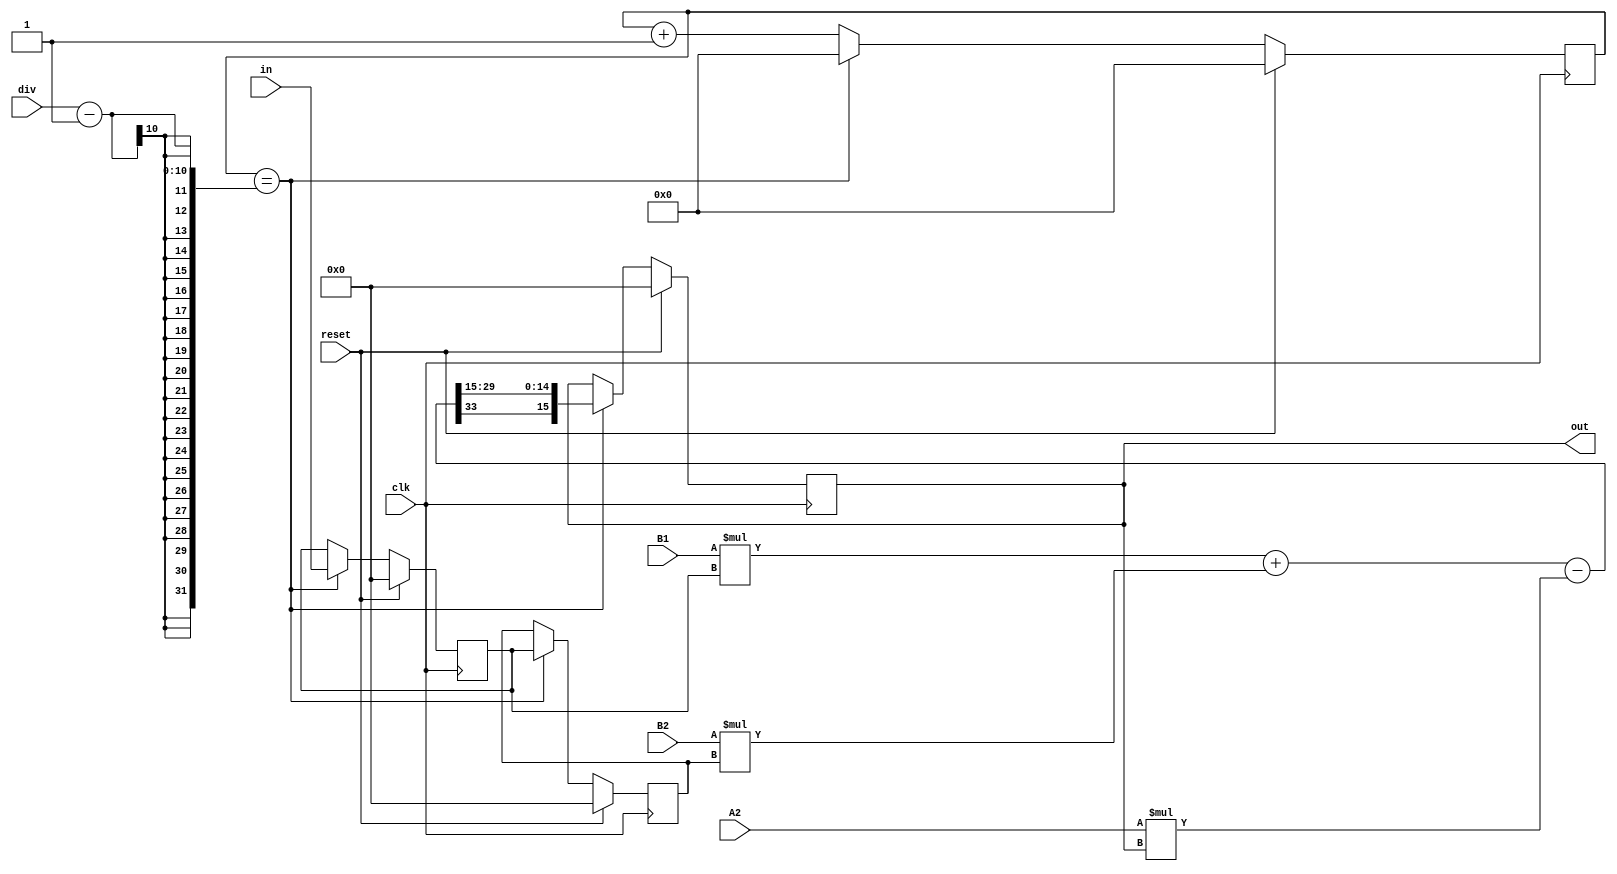
/*MIT License

Copyright (c) 2019 Gregory Hogan (Soltan_G42)

Permission is hereby granted, free of charge, to any person obtaining a copy
of this software and associated documentation files (the "Software"), to deal
in the Software without restriction, including without limitation the rights
to use, copy, modify, merge, publish, distribute, sublicense, and/or sell
copies of the Software, and to permit persons to whom the Software is
furnished to do so, subject to the following conditions:

The above copyright notice and this permission notice shall be included in all
copies or substantial portions of the Software.

THE SOFTWARE IS PROVIDED "AS IS", WITHOUT WARRANTY OF ANY KIND, EXPRESS OR
IMPLIED, INCLUDING BUT NOT LIMITED TO THE WARRANTIES OF MERCHANTABILITY,
FITNESS FOR A PARTICULAR PURPOSE AND NONINFRINGEMENT. IN NO EVENT SHALL THE
AUTHORS OR COPYRIGHT HOLDERS BE LIABLE FOR ANY CLAIM, DAMAGES OR OTHER
LIABILITY, WHETHER IN AN ACTION OF CONTRACT, TORT OR OTHERWISE, ARISING FROM,
OUT OF OR IN CONNECTION WITH THE SOFTWARE OR THE USE OR OTHER DEALINGS IN THE
SOFTWARE.*/

module iir_1st_order
#(
	parameter COEFF_WIDTH = 18,
	parameter COEFF_SCALE = 15,
	parameter DATA_WIDTH  = 16,
	parameter COUNT_BITS  = 10
)
(
	input clk,
	input reset,
	input [COUNT_BITS - 1 : 0] div,
	input signed [COEFF_WIDTH - 1 : 0] A2, B1, B2,
   input signed [DATA_WIDTH - 1 :0] in,
   output [DATA_WIDTH - 1:0] out
);

	reg signed [DATA_WIDTH-1:0] x0,x1,y0;
	reg signed [DATA_WIDTH + COEFF_WIDTH - 1 : 0] out32;
	reg [COUNT_BITS - 1:0] count;
 
 // Usage:
 // Design your 1st order iir low/high-pass with a tool that will give you the
 // filter coefficients for the difference equation.  Filter coefficients can
 // be generated in Octave/matlab/scipy using a command similar to
 // [B, A] = butter( 1, 3500/(106528/2), 'low') for a 3500 hz 1st order low-pass
 // assuming 106528Hz sample rate.
 // 
 // The Matlab output is:
 // B = [0.093863   0.093863]
 // A = [1.00000  -0.81227]
 //
 // Then scale coefficients by multiplying by 2^COEFF_SCALE and round to nearest integer
 //
 // B = [3076   3076]
 // A = [32768 -26616]
 //
 // Discard A(1) because it is assumed 1.0 before scaling
 //
 // This leaves you with A2 = -26616 , B1 = 3076 , B2 = 3076
 // B1 + B2 - A2  should sum to 2^COEFF_SCALE = 32768
 //
 // Sample frequency is "clk rate/div": for Genesis this is 53.69mhz/504 = 106528hz
 //
 // COEFF_WIDTH must be at least COEFF_SCALE+1 and must be large enough to
 // handle temporary overflow during this computation: out32 <= (B1*x0 + B2*x1) - A2*y0
 
	assign out = y0;
 
	always @ (*) begin
		out32 <= (B1*x0 + B2*x1) - A2*y0; //Previous output is y0 not y1
	end
	
	always @ (posedge clk) begin
		if(reset) begin
			count <= 0;
			x0 <= 0;
			x1 <= 0;
			y0 <= 0;
		end
		else begin
			count <= count + 1'd1;
			if (count == div - 1) begin
					count <= 0;
					y0 <= {out32[DATA_WIDTH + COEFF_WIDTH - 1] , out32[COEFF_SCALE + DATA_WIDTH - 2 : COEFF_SCALE]};
					x1 <= x0;
					x0 <= in;
			end
		end
	end
	
endmodule //iir_1st_order

module iir_2nd_order
#(
	parameter COEFF_WIDTH = 18,
	parameter COEFF_SCALE = 14,
	parameter DATA_WIDTH  = 16,
	parameter COUNT_BITS  = 10
)
(
	input clk,
	input reset,
	input [COUNT_BITS - 1 : 0] div,
	input signed [COEFF_WIDTH - 1 : 0] A2, A3, B1, B2, B3,
   input signed [DATA_WIDTH - 1 : 0] in,
   output [DATA_WIDTH - 1 : 0] out
);

	reg signed [DATA_WIDTH-1 : 0] x0,x1,x2;
	reg signed [DATA_WIDTH-1 : 0] y0,y1;
	reg signed [(DATA_WIDTH + COEFF_WIDTH - 1) : 0] out32;
	reg [COUNT_BITS : 0] count;
 
 
 // Usage:
 // Design your 1st order iir low/high-pass with a tool that will give you the
 // filter coefficients for the difference equation.  Filter coefficients can
 // be generated in Octave/matlab/scipy using a command similar to
 // [B, A] = butter( 2, 5000/(48000/2), 'low') for a 5000 hz 2nd order low-pass
 // assuming 48000Hz sample rate.
 // 
 // Output is:
 // B = [ 0.072231   0.144462   0.072231]
 // A = [1.00000  -1.10923   0.39815]
 //
 // Then scale coefficients by multiplying by 2^COEFF_SCALE and round to nearest integer
 // Make sure your coefficients can be stored as a signed number with COEFF_WIDTH bits.
 //
 // B = [1183   2367   1183]
 // A = [16384  -18174    6523]
 //
 // Discard A(1) because it is assumed 1.0 before scaling
 //
 // This leaves you with A2 = -18174 , A3 = 6523, B1 = 1183 , B2 = 2367 , B3 = 1183
 // B1 + B2 + B3 - A2 - A3 should sum to 2^COEFF_SCALE = 16384
 //
 // Sample frequency is "clk rate/div" 
 //
 // COEFF_WIDTH must be at least COEFF_SCALE+1 and must be large enough to
 // handle temporary overflow during this computation: 
 // out32 <= (B1*x0 + B2*x1 + B3*x2) - (A2*y0 + A3*y1);
 
	assign out = y0;
 
	always @ (*) begin
		out32 <= (B1*x0 + B2*x1 + B3*x2) - (A2*y0 + A3*y1); //Previous output is y0 not y1
	end
	
	always @ (posedge clk) begin
		if(reset) begin
			count <=  0;
			x0 <= 0;
			x1 <= 0;
			x2 <= 0;
			y0 <= 0;
			y1 <= 0; 
		end
		else begin
			count <= count + 1'd1;
			if (count == div - 1) begin
					count <= 0;
					y1 <= y0;
					y0 <= {out32[DATA_WIDTH + COEFF_WIDTH - 1] , out32[(DATA_WIDTH + COEFF_SCALE - 2) : COEFF_SCALE]};
					x2 <= x1;
					x1 <= x0;
					x0 <= in;
			end
		end
	end
	
endmodule //iir_2nd_order